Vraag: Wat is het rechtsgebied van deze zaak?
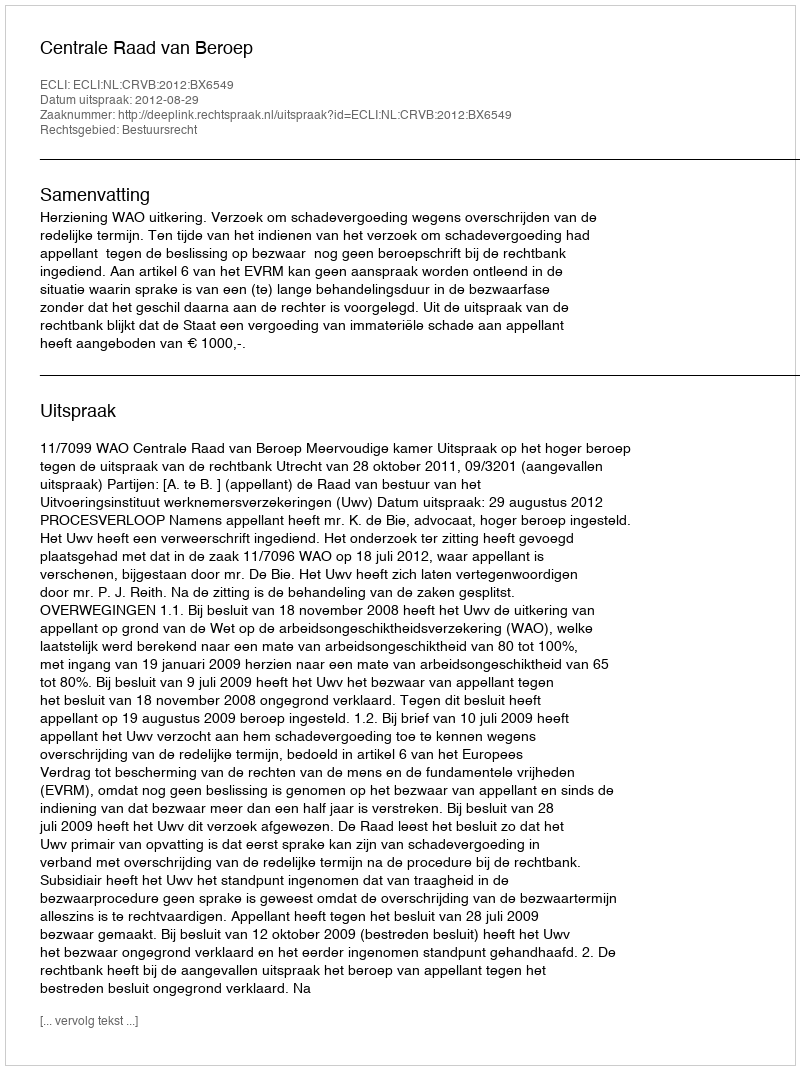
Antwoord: Bestuursrecht